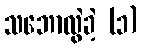
သဘောလွဲခဲ့ (၁)